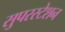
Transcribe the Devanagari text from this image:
सुपरस्टेशन